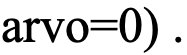
arvo=0) .